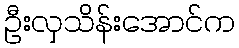
ဦးလှသိန်းအောင်က